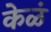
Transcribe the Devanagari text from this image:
केळं